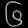
Digit: ၆